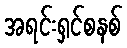
အရင်းရှင်စနစ်